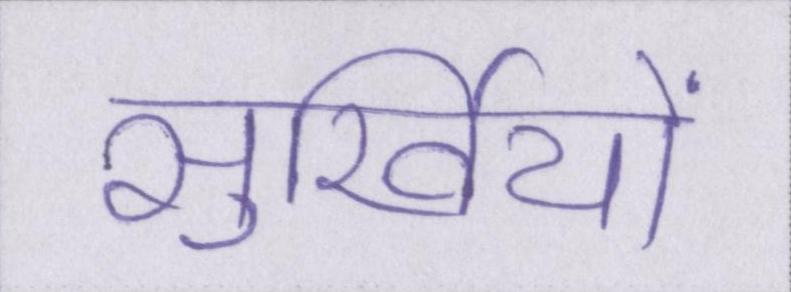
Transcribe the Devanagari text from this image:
सुर्खियों